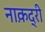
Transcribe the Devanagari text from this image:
नाक़द्री